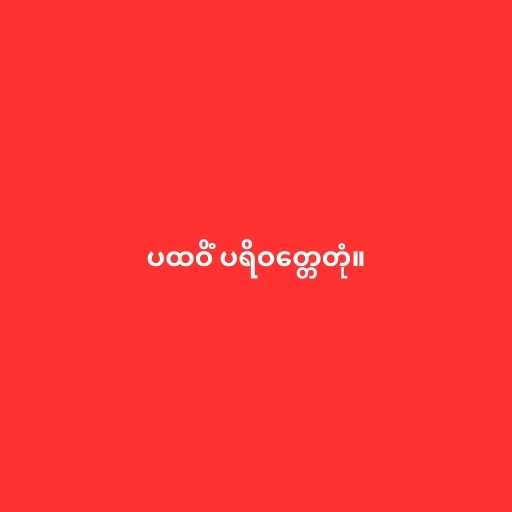
ပထဝိံ ပရိဝတ္တေတုံ။